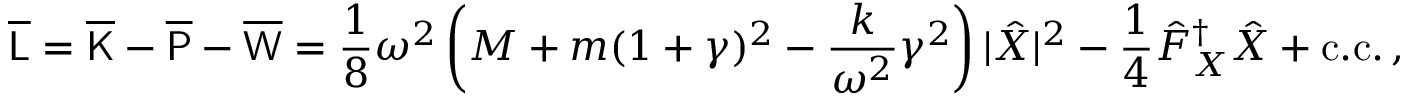
\overline { { \mathsf { L } } } = \overline { { \mathsf { K } } } - \overline { { \mathsf { P } } } - \overline { { \mathsf { W } } } = \frac { 1 } { 8 } \omega ^ { 2 } \left( M + m ( 1 + \gamma ) ^ { 2 } - \frac { k } { \omega ^ { 2 } } \gamma ^ { 2 } \right) | \hat { X } | ^ { 2 } - \frac { 1 } { 4 } \hat { F } _ { X } ^ { \dagger } \hat { X } + \mathrm { c . c . } \, ,